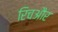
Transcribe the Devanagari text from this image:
रिचऔर